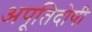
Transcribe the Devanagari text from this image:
अपूतिदोषी